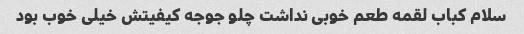
سلام کباب لقمه طعم خوبی نداشت چلو جوجه کیفیتش خیلی خوب بود